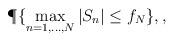
LaTeX: \begin{align*} \P\{ \max_{n=1,\ldots,N} |S_n| \le f_N \}, ,\end{align*}